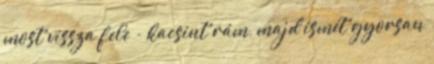
most vissza fele - kacsint rám, majd ismét gyorsan